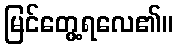
မြင်တွေ့ရလေ၏။